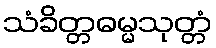
သံခိတ္တဓမ္မသုတ္တံ